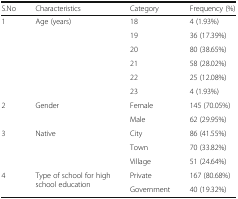
| S.No | Characteristics | Category | Frequency (%) |
 | --- | --- | --- | --- |
 | <ROWSPAN=6> 1 | <ROWSPAN=6> Age (years) | 18 | 4 (1.93%) |
 | 19 | 36 (17.39%) |
 | 20 | 80 (38.65%) |
 | 21 | 58 (28.02%) |
 | 22 | 25 (12.08%) |
 | 23 | 4 (1.93%) |
 | <ROWSPAN=2> 2 | <ROWSPAN=2> Gender | Female | 145 (70.05%) |
 | Male | 62 (29.95%) |
 | <ROWSPAN=3> 3 | <ROWSPAN=3> Native | City | 86 (41.55%) |
 | Town | 70 (33.82%) |
 | Village | 51 (24.64%) |
 | <ROWSPAN=2> 4 | <ROWSPAN=2> Type of school for high school education | Private | 167 (80.68%) |
 | Government | 40 (19.32%) |